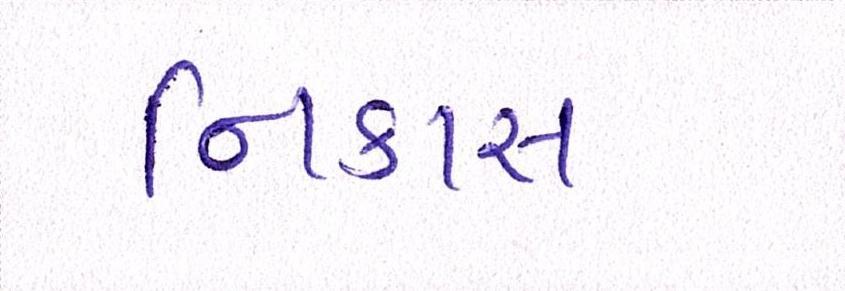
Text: નિકાસ